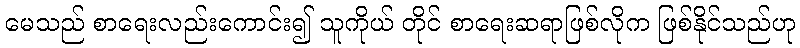
မေသည် စာရေးလည်းကောင်း၍ သူကိုယ် တိုင် စာရေးဆရာဖြစ်လိုက ဖြစ်နိုင်သည်ဟု